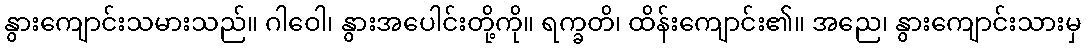
နွားကျောင်းသမားသည်။ ဂါဝေါ၊ နွားအပေါင်းတို့ကို။ ရက္ခတိ၊ ထိန်းကျောင်း၏။ အညေ၊ နွားကျောင်းသားမှ